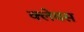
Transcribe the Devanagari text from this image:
क्लेवस